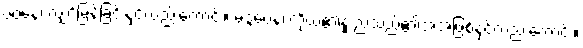
ဇဝနေ၊ လျှင်မြန်ခြင်းနှင့်လည်းကောင်း။ မဒ္ဒဝေန၊ ကိုယ်၏နူးညံသည်၏အအဖြစ်နှင့်လည်းကောင်း။